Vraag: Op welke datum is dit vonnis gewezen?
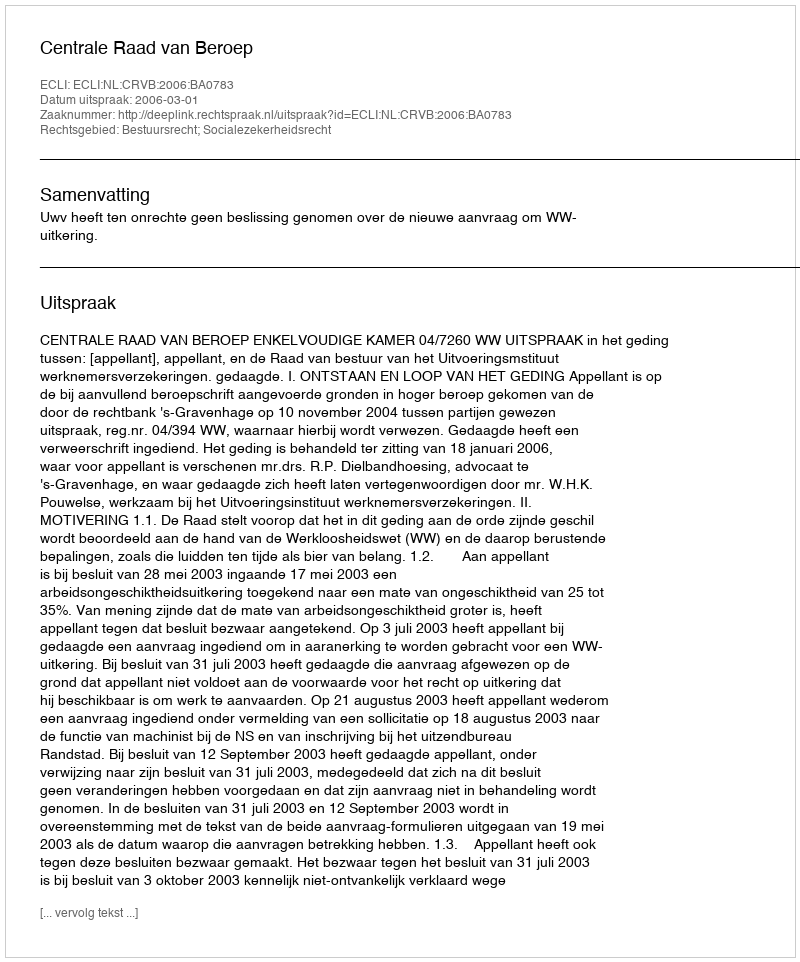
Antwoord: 2006-03-01